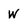
Character: W